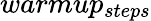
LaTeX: warmup_{steps}